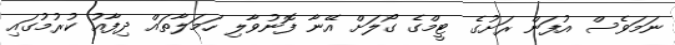
ނަަމަވެސް އުފަން ރަށުގެ ޓީމްގެ ގޯލަށް އޭނާ ފޮނުވާލި ހަމަލާތައް ދިފާއު ކުރުމުގައި